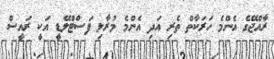
ރާއްޖޭގެ އެންމެ ހަރަކާތް ތެރި އަދި އެންމެ މުރާލި ފަސްޓްލޭޑީ އަކީ ރައީސް